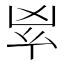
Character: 𠂳